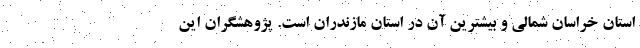
استان خراسان شمالی و بیشترین آن در استان مازندران است. پژوهشگران این